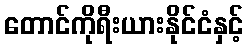
တောင်ကိုရီးယားနိုင်ငံနှင့်